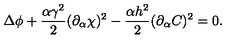
\Delta \phi + \frac { \alpha \gamma ^ { 2 } } { 2 } ( \partial _ { \alpha } \chi ) ^ { 2 } - \frac { \alpha h ^ { 2 } } { 2 } ( \partial _ { \alpha } C ) ^ { 2 } = 0 .